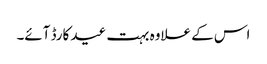
اس کے علاوہ بہت عید کارڈ آئے۔